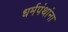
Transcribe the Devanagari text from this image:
धर्मपंथांना